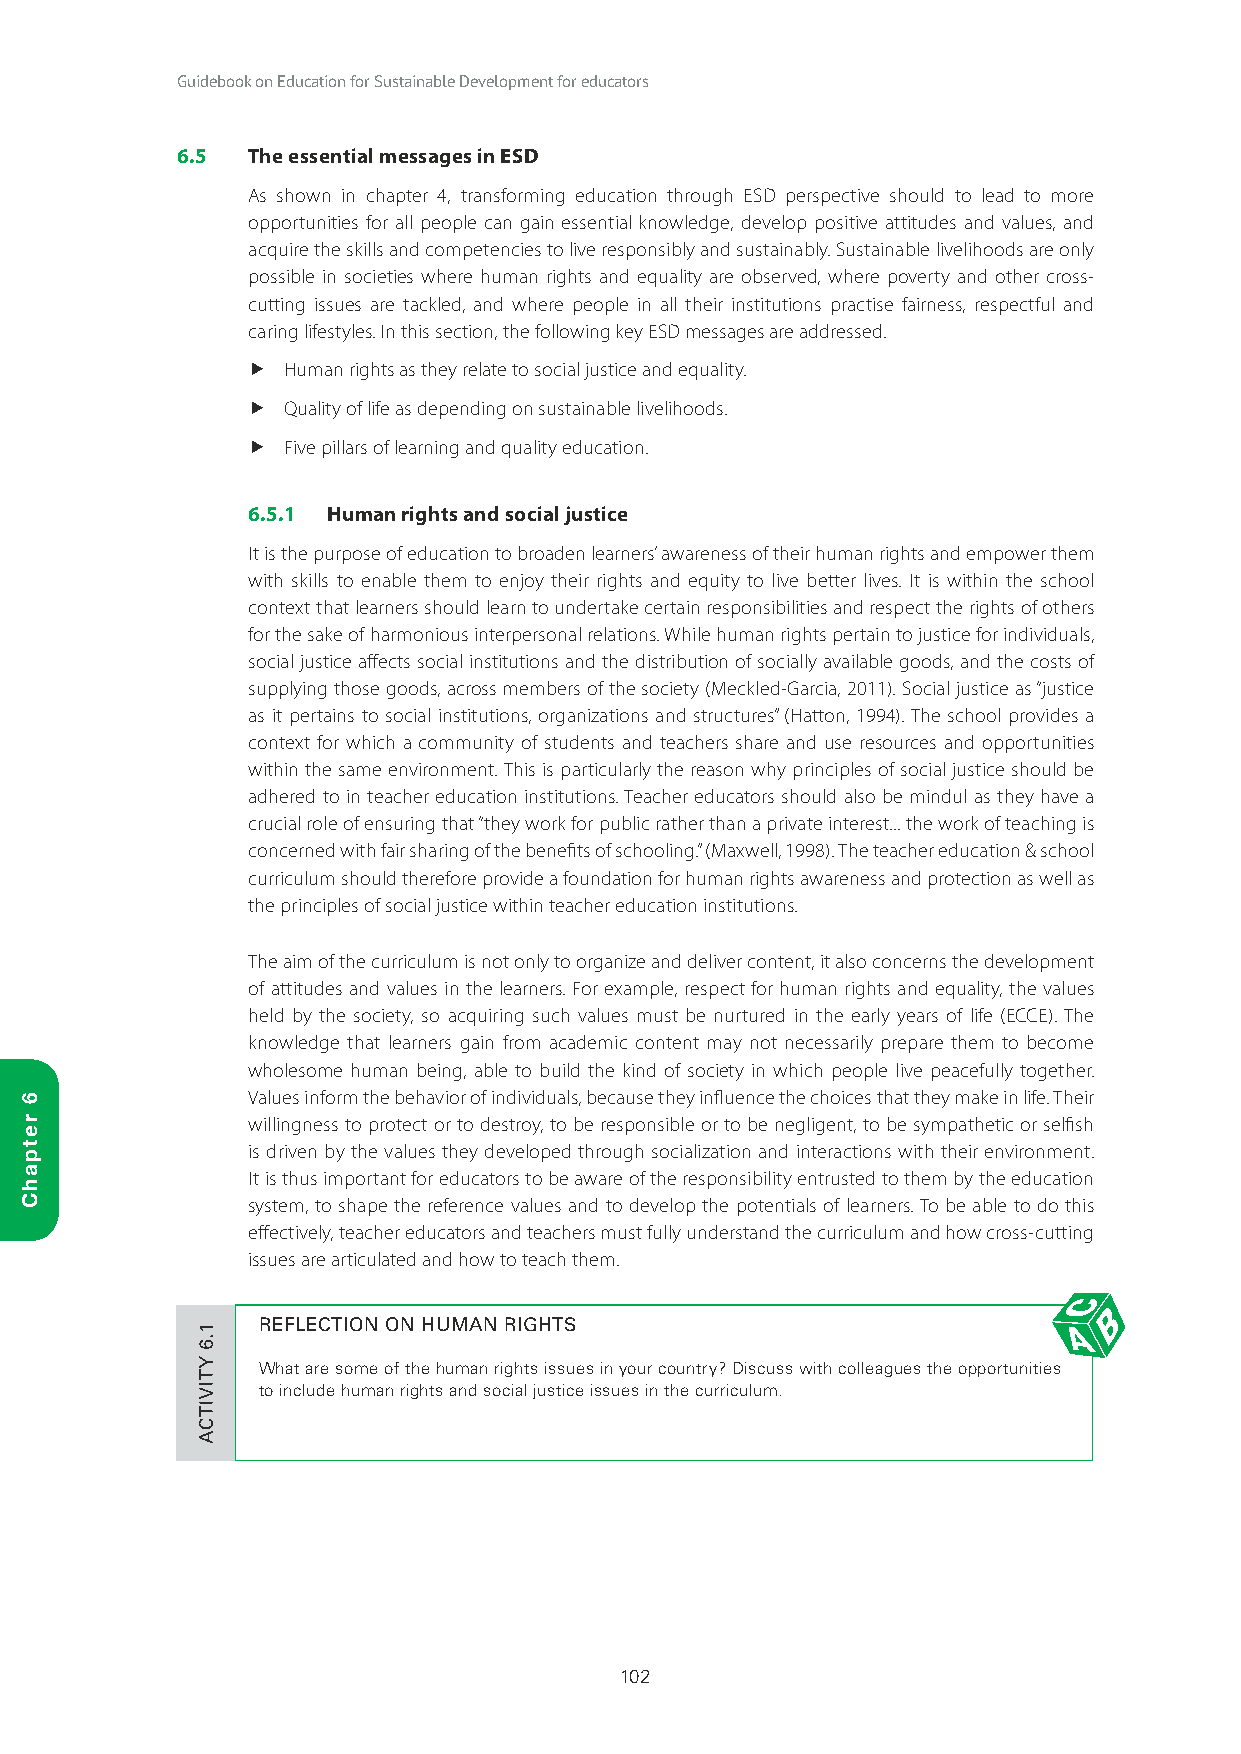
Guidebook on Education for Sustainable Development for educators
 6.5 The essential messages in ESD
 As shown in chapter 4, transforming education through ESD perspective should to lead to more
 opportunities for all people can gain essential knowledge, develop positive attitudes and values, and
 acquire the skills and competencies to live responsibly and sustainably. Sustainable livelihoods are only
 possible in societies where human rights and equality are observed, where poverty and other cross-
 cutting issues are tackled, and where people in all their institutions practise fairness, respectful and
 caring lifestyles. In this section, the following key ESD messages are addressed.
   Human rights as they relate to social justice and equality.
   Quality of life as depending on sustainable livelihoods.
   Five pillars of learning and quality education.
 6.5.1 Human rights and social justice
 It is the purpose of education to broaden learners’ awareness of their human rights and empower them
 with skills to enable them to enjoy their rights and equity to live better lives. It is within the school
 context that learners should learn to undertake certain responsibilities and respect the rights of others
 for the sake of harmonious interpersonal relations. While human rights pertain to justice for individuals,
 social justice affects social institutions and the distribution of socially available goods, and the costs of
 supplying those goods, across members of the society (Meckled-Garcia, 2011). Social justice as “justice
 as it pertains to social institutions, organizations and structures” (Hatton, 1994). The school provides a
 context for which a community of students and teachers share and use resources and opportunities
 within the same environment. This is particularly the reason why principles of social justice should be
 adhered to in teacher education institutions. Teacher educators should also be mindul as they have a
 crucial role of ensuring that “they work for public rather than a private interest... the work of teaching is
 concerned with fair sharing of the benefits of schooling.” (Maxwell, 1998). The teacher education & school
 curriculum should therefore provide a foundation for human rights awareness and protection as well as
 the principles of social justice within teacher education institutions.
 The aim of the curriculum is not only to organize and deliver content, it also concerns the development
 of attitudes and values in the learners. For example, respect for human rights and equality, the values
 held by the society, so acquiring such values must be nurtured in the early years of life (ECCE). The
 knowledge that learners gain from academic content may not necessarily prepare them to become
 wholesome human being, able to build the kind of society in which people live peacefully together.
 Values inform the behavior of individuals, because they influence the choices that they make in life. Their
 willingness to protect or to destroy, to be responsible or to be negligent, to be sympathetic or selfish
 is driven by the values they developed through socialization and interactions with their environment.
 It is thus important for educators to be aware of the responsibility entrusted to them by the education
 system, to shape the reference values and to develop the potentials of learners. To be able to do this
 effectively, teacher educators and teachers must fully understand the curriculum and how cross-cutting
 issues are articulated and how to teach them.
 REFLECTION ON HUMAN RIGHTS
 What are some of the human rights issues in your country? Discuss with colleagues the opportunities
 to include human rights and social justice issues in the curriculum.
 102
 6
 retpahC
 1.6
 YTIVITCA